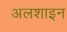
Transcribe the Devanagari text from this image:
अलशाइन